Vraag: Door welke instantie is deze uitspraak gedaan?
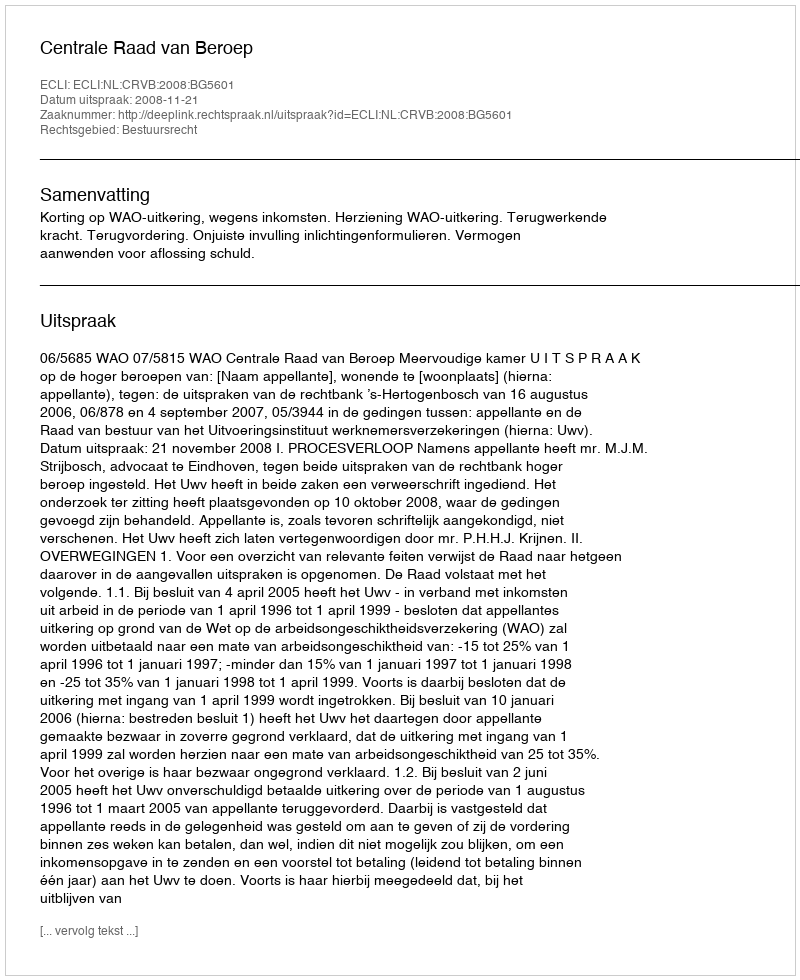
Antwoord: Centrale Raad van Beroep